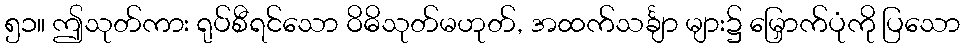
၅၁။ ဤသုတ်ကား ရုပ်စီရင်သော ဝိဓိသုတ်မဟုတ်, အထက်သင်္ချာ များ၌ မြှောက်ပုံကို ပြသော